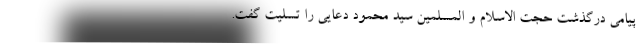
پیامی درگذشت حجت الاسلام و المسلمین سید محمود دعایی را تسلیت گفت.